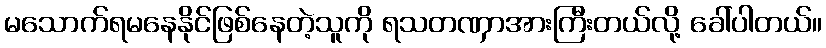
မသောက်ရမနေနိုင်ဖြစ်နေတဲ့သူကို ရသတဏှာအားကြီးတယ်လို့ ခေါ်ပါတယ်။